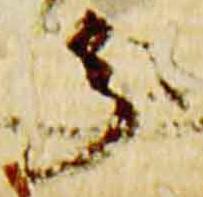
分